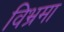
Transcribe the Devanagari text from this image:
विभ्रमा